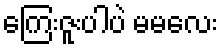
ကြေးဇူးပါပဲ မမလေး